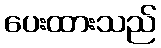
ပေးထားသည်